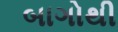
બાગોથી